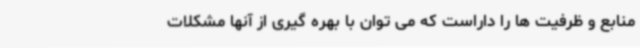
منابع و ظرفیت ها را داراست که می توان با بهره گیری از آنها مشکلات